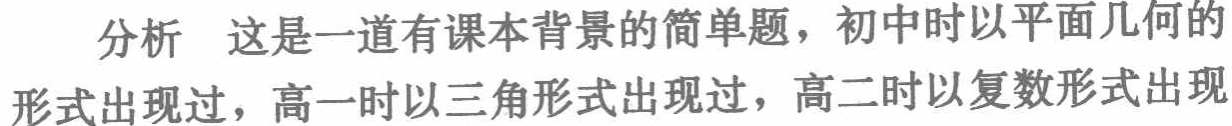
分析 这是一道有课本背景的简单题，初中时以平面几何的形式出现过，高一时以三角形式出现过，高二时以复数形式出现